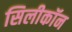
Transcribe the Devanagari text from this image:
सिलीकॉन